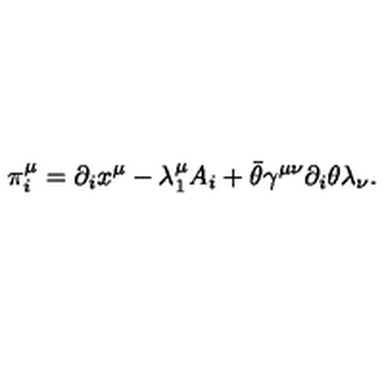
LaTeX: \pi _ { i } ^ { \mu } = \partial _ { i } x ^ { \mu } - \lambda _ { 1 } ^ { \mu } A _ { i } + \bar { \theta } \gamma ^ { \mu \nu } \partial _ { i } \theta \lambda _ { \nu } .